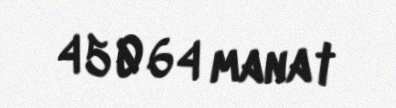
45064 manat